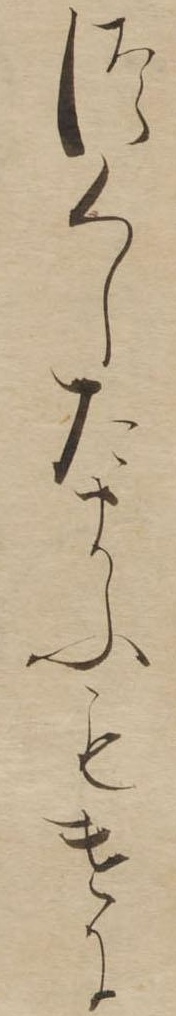
つくしたまふもけに